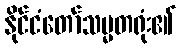
နိုင်ငံတော်သမ္မတရုံး၏